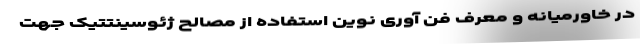
در خاورمیانه و معرف فن آوری نوین استفاده از مصالح ژئوسینتتیک جهت